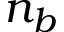
n _ { b }